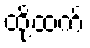
ထို့ထက်